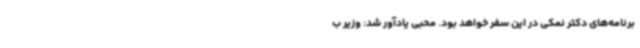
برنامه‌های دکتر نمکی در این سفر خواهد بود. محبی یادآور شد: وزیر ب